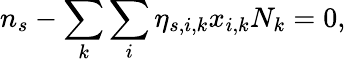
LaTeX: {n_{s}}-\sum_{k}{\sum_{i}{{\eta_{s,i,k}}{x_{i,k}}{N_{k}}}}=0,